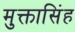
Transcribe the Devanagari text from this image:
मुक्तासिंह